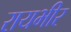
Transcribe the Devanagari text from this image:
रायभीर